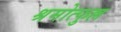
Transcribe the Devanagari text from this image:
श्रमोत्फुल्ल